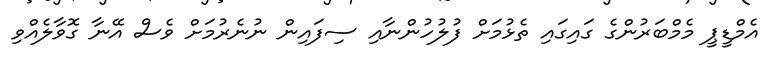
އެމްޑީޕީ މެމްބަރުންގެ ގައިގައި ތެޅުމަށް ފުލުހުންނާއި ސިފައިން ނުނެރުމަށް ވެސް އޭނާ ގޮވާލެއްވި